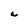
Character: a